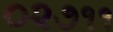
૦૨૭૧૧